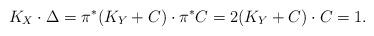
LaTeX: \begin{align*}K_X \cdot \Delta =\pi^{\ast}(K_Y+C)\cdot \pi^{\ast}C=2(K_Y+C)\cdot C =1.\end{align*}